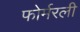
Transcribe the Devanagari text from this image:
फोर्मरली